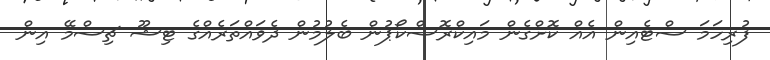
ފުރިހަމަ ސްޓެއިން އެއް ކޮށްގެން މައިކްރޮސްކޯޕުން ބެލުމުން ދެވައްތަރެއްގެ ޓިޝޫ ޗިސްމޭ އިން